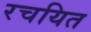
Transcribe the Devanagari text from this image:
रचयित